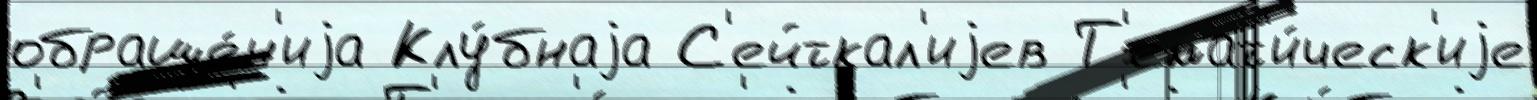
обраще́н'иjа Клу́бнаjа С'ейткал'иjев Т'емат'и́ческ'иjе